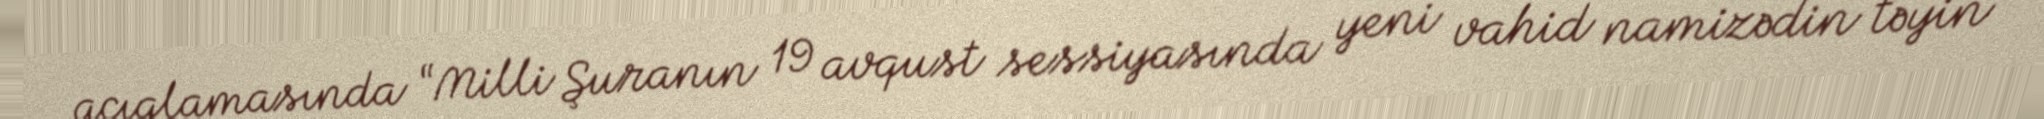
açıqlamasında “Milli Şuranın 19 avqust sessiyasında yeni vahid namizədin təyin